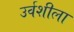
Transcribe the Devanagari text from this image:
उर्वशीला